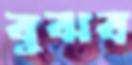
বুঝব